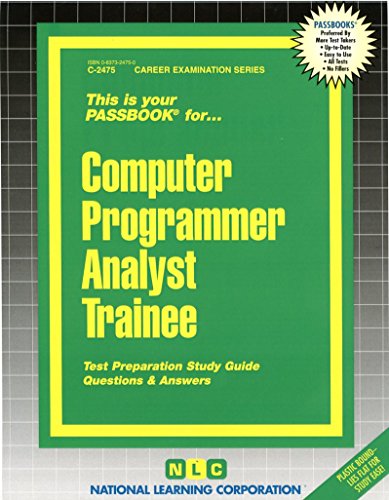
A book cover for Computer Programmer Analyst Trainee(Passbooks); Jack Rudman; Test Preparation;